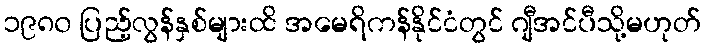
၁၉၈၀ ပြည့်လွန်နှစ်များထိ အမေရိကန်နိုင်ငံတွင် ဂျီအင်ပီသို့မဟုတ်